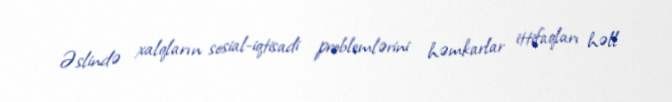
Əslində xalqların sosial-iqtisadi problemlərini həmkarlar ittifaqları həll